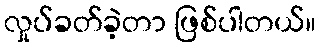
လှုပ်ခတ်ခဲ့တာ ဖြစ်ပါတယ်။